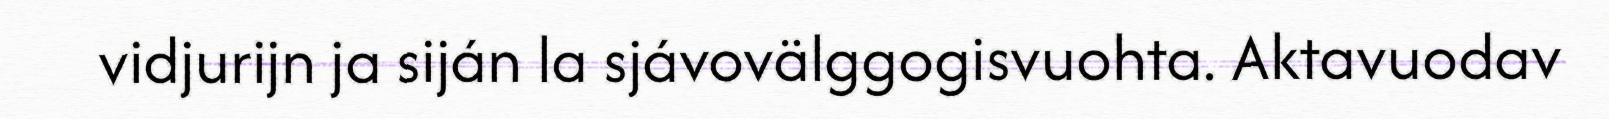
vidjurijn ja siján la sjávovälggogisvuohta. Aktavuodav